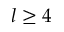
l \ge 4